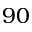
9 0